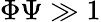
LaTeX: \Phi\Psi\gg 1